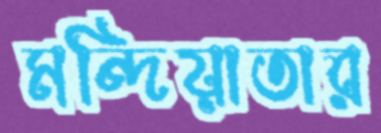
মন্দিয়াতার